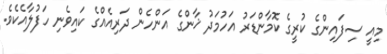
މިއީ ސިފައިންގެ ކުރީގެ ކޮމާންޑަރު އަހުމަދު ޚާންގެ އަންހެން ދަރިއެއްގެ ކައިވެނި ހަފުލާއެކެވެ.